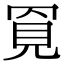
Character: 𧠓